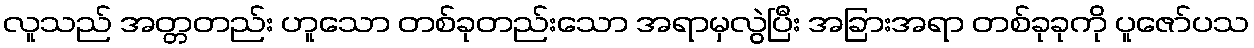
လူသည် အတ္တတည်း ဟူသော တစ်ခုတည်းသော အရာမှလွဲပြီး အခြားအရာ တစ်ခုခုကို ပူဇော်ပသ